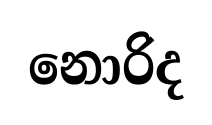
නොරිද